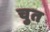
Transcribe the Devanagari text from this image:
चुत